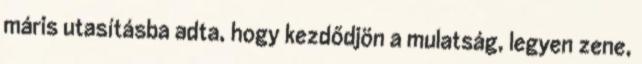
máris utasításba adta, hogy kezdődjön a mulatság, legyen zene,